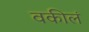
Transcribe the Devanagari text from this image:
वकीलं